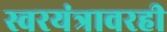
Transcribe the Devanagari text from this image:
स्वरयंत्रावरही